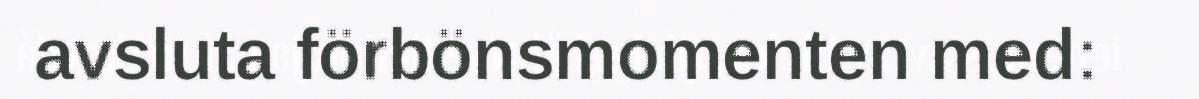
avsluta förbönsmomenten med: